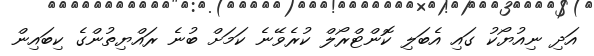
އަދި ނިއުޔޯކު ގައި އެބަލި ކޮންޓްރޯލް ކުރެވޭނެ ކަމަށް ބުނެ ރައްޔިތުންގެ ކިބައިން